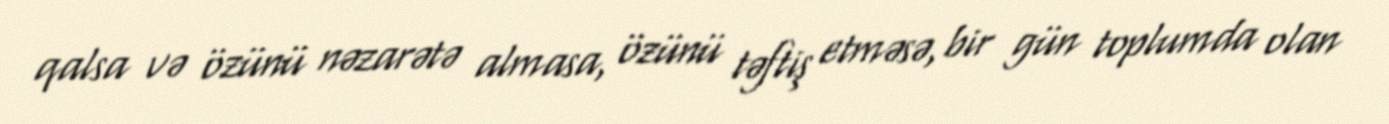
qalsa və özünü nəzarətə almasa, özünü təftiş etməsə, bir gün toplumda olan